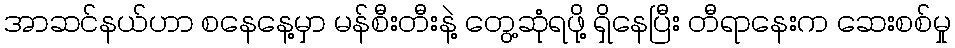
အာဆင်နယ်ဟာ စနေနေ့မှာ မန်စီးတီးနဲ့ တွေ့ဆုံရဖို့ ရှိနေပြီး တီရာနေးက ဆေးစစ်မှု